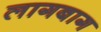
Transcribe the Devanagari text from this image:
लागबाग